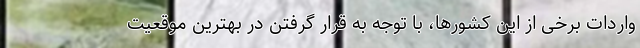
واردات برخی از این کشورها، با توجه به قرار گرفتن در بهترین موقعیت